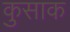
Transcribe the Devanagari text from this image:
कुसाक